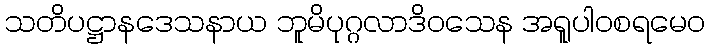
သတိပဋ္ဌာနဒေသနာယ ဘူမိပုဂ္ဂလာဒိဝသေန အရူပါဝစရမေဝ